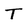
Character: T